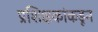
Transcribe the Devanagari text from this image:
प्रशिक्षकांकडून